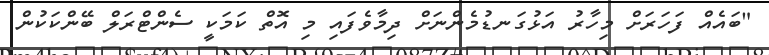
"ބައެއް ފަހަރަށް މިހާރު އަޅުގަނޑުމެންނަށް ދިމާވެފައި މި އޮތް ކަމަކީ ސެންޓްރަލް ބޭންކަކުން